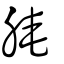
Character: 腌